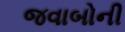
જવાબોની